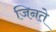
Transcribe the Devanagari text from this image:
जिनते